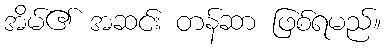
အိမ်၏ အဆင်း တန်ဆာ ဖြစ်ရမည်။